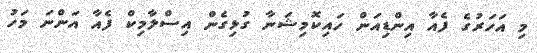
މި އަހަރުގެ ފެއާ އިންޑިއަން ހައިކޮމިޝަނާ ގުޅިގެން އިސްލާމިކް ފެއާ އަންނަ މަހު